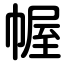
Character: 幄